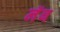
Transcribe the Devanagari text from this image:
नॅब